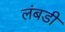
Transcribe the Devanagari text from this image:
लंबडी